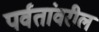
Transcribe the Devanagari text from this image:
पर्वतांवरील